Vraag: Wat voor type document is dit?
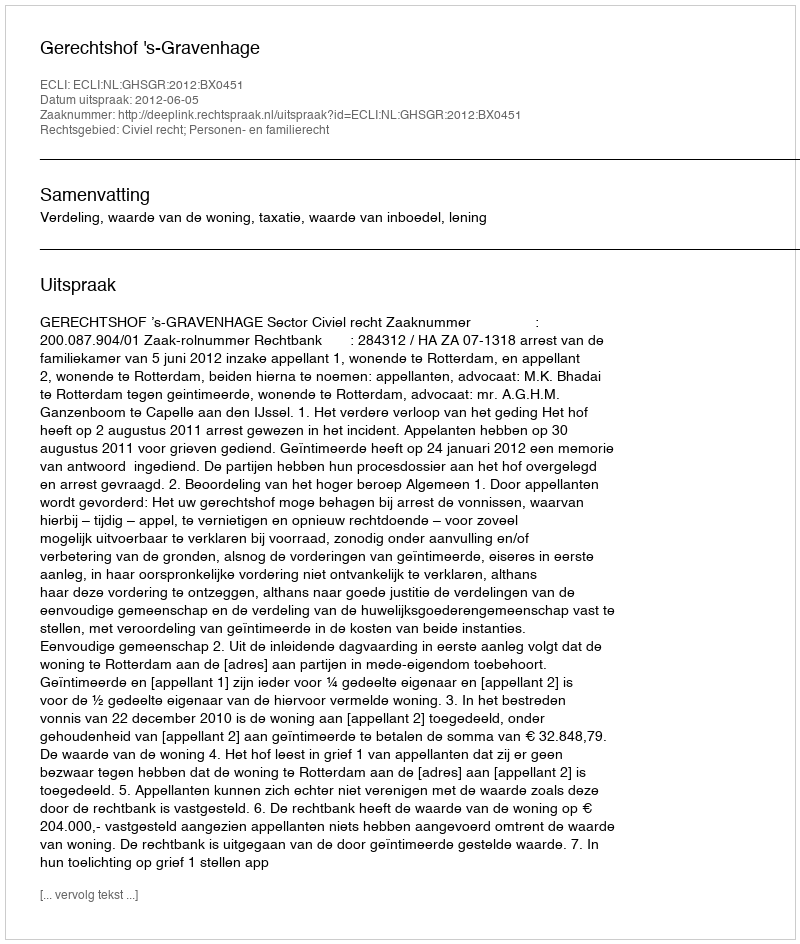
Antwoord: Uitspraak